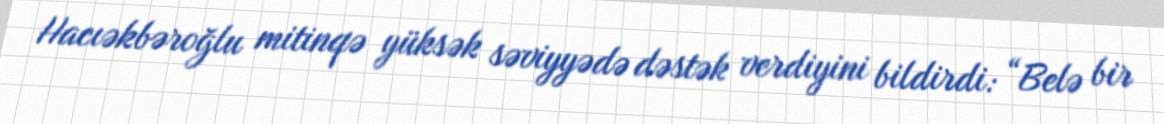
Hacıəkbəroğlu mitinqə yüksək səviyyədə dəstək verdiyini bildirdi: “Belə bir